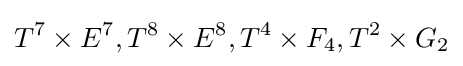
T^{7}\times E^{7},T^{8}\times E^{8},T^{4}\times F_{4},T^{2}\times G_{2}